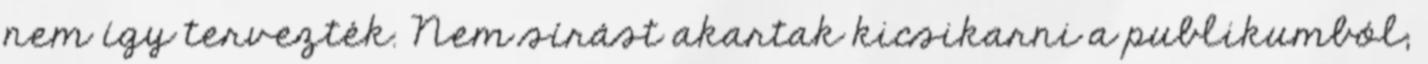
nem így tervezték. Nem sírást akartak kicsikarni a publikumból;